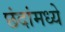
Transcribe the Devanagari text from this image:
छंदांमध्ये